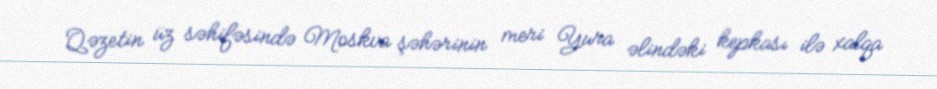
Qəzetin üz səhifəsində Moskva şəhərinin meri Yura əlindəki kepkası ilə xalqa